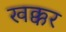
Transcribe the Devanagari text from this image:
खक्कर